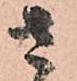
さ